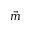
\vec { m }